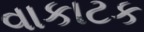
વાકાટક